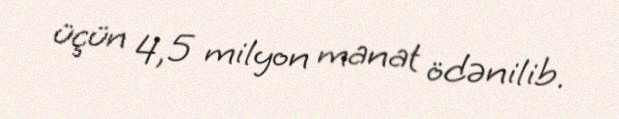
üçün 4,5 milyon manat ödənilib.